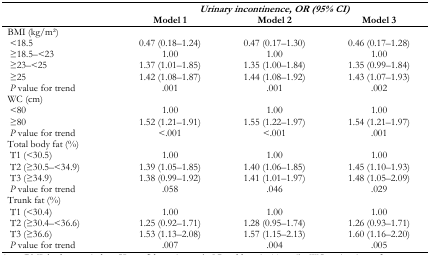
| <ROWSPAN=2>  | <COLSPAN=3> Urinary incontinence, OR (95% CI) |
 | Model 1 | Model 2 | Model 3 |
 | --- | --- | --- | --- |
 | <COLSPAN=4> BMI (kg/m2) |
 | <18.5 | 0.47 (0.18–1.24) | 0.47 (0.17–1.30) | 0.46 (0.17–1.28) |
 | ≥18.5–<23 | 1.00 | 1.00 | 1.00 |
 | ≥23–<25 | 1.37 (1.01–1.85) | 1.35 (1.00–1.84) | 1.35 (0.99–1.84) |
 | ≥25 | 1.42 (1.08–1.87) | 1.44 (1.08–1.92) | 1.43 (1.07–1.93) |
 | P value for trend | .001 | .001 | .002 |
 | <COLSPAN=4> WC (cm) |
 | <80 | 1.00 | 1.00 | 1.00 |
 | ≥80 | 1.52 (1.21–1.91) | 1.55 (1.22–1.97) | 1.54 (1.21–1.97) |
 | P value for trend | <.001 | <.001 | .001 |
 | <COLSPAN=4> Total body fat (%) |
 | T1 (<30.5) | 1.00 | 1.00 | 1.00 |
 | T2 (≥30.5–<34.9) | 1.39 (1.05–1.85) | 1.40 (1.06–1.85) | 1.45 (1.10–1.93) |
 | T3 (≥34.9) | 1.38 (0.99–1.92) | 1.41 (1.01–1.97) | 1.48 (1.05–2.09) |
 | P value for trend | .058 | .046 | .029 |
 | <COLSPAN=4> Trunk fat (%) |
 | T1 (<30.4) | 1.00 | 1.00 | 1.00 |
 | T2 (≥30.4–<36.6) | 1.25 (0.92–1.71) | 1.28 (0.95–1.74) | 1.26 (0.93–1.71) |
 | T3 (≥36.6) | 1.53 (1.13–2.08) | 1.57 (1.15–2.13) | 1.60 (1.16–2.20) |
 | P value for trend | .007 | .004 | .005 |